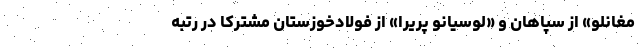
مغانلو» از سپاهان و «لوسیانو پریرا» از فولادخوزستان مشترکا در رتبه‌